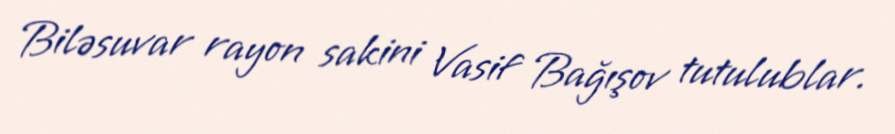
Biləsuvar rayon sakini Vasif Bağışov tutulublar.